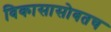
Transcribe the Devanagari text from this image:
विकासासोबतच